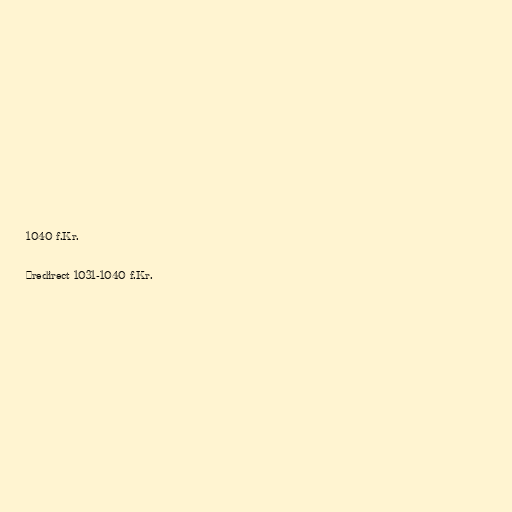
1040 f.Kr.

#redirect 1031-1040 f.Kr.